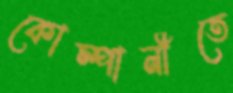
কোম্পানীতে